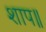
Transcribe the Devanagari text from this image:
शाप॥